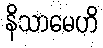
နိသာမေဟိ